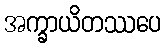
အက္ခာယိတဿပေ